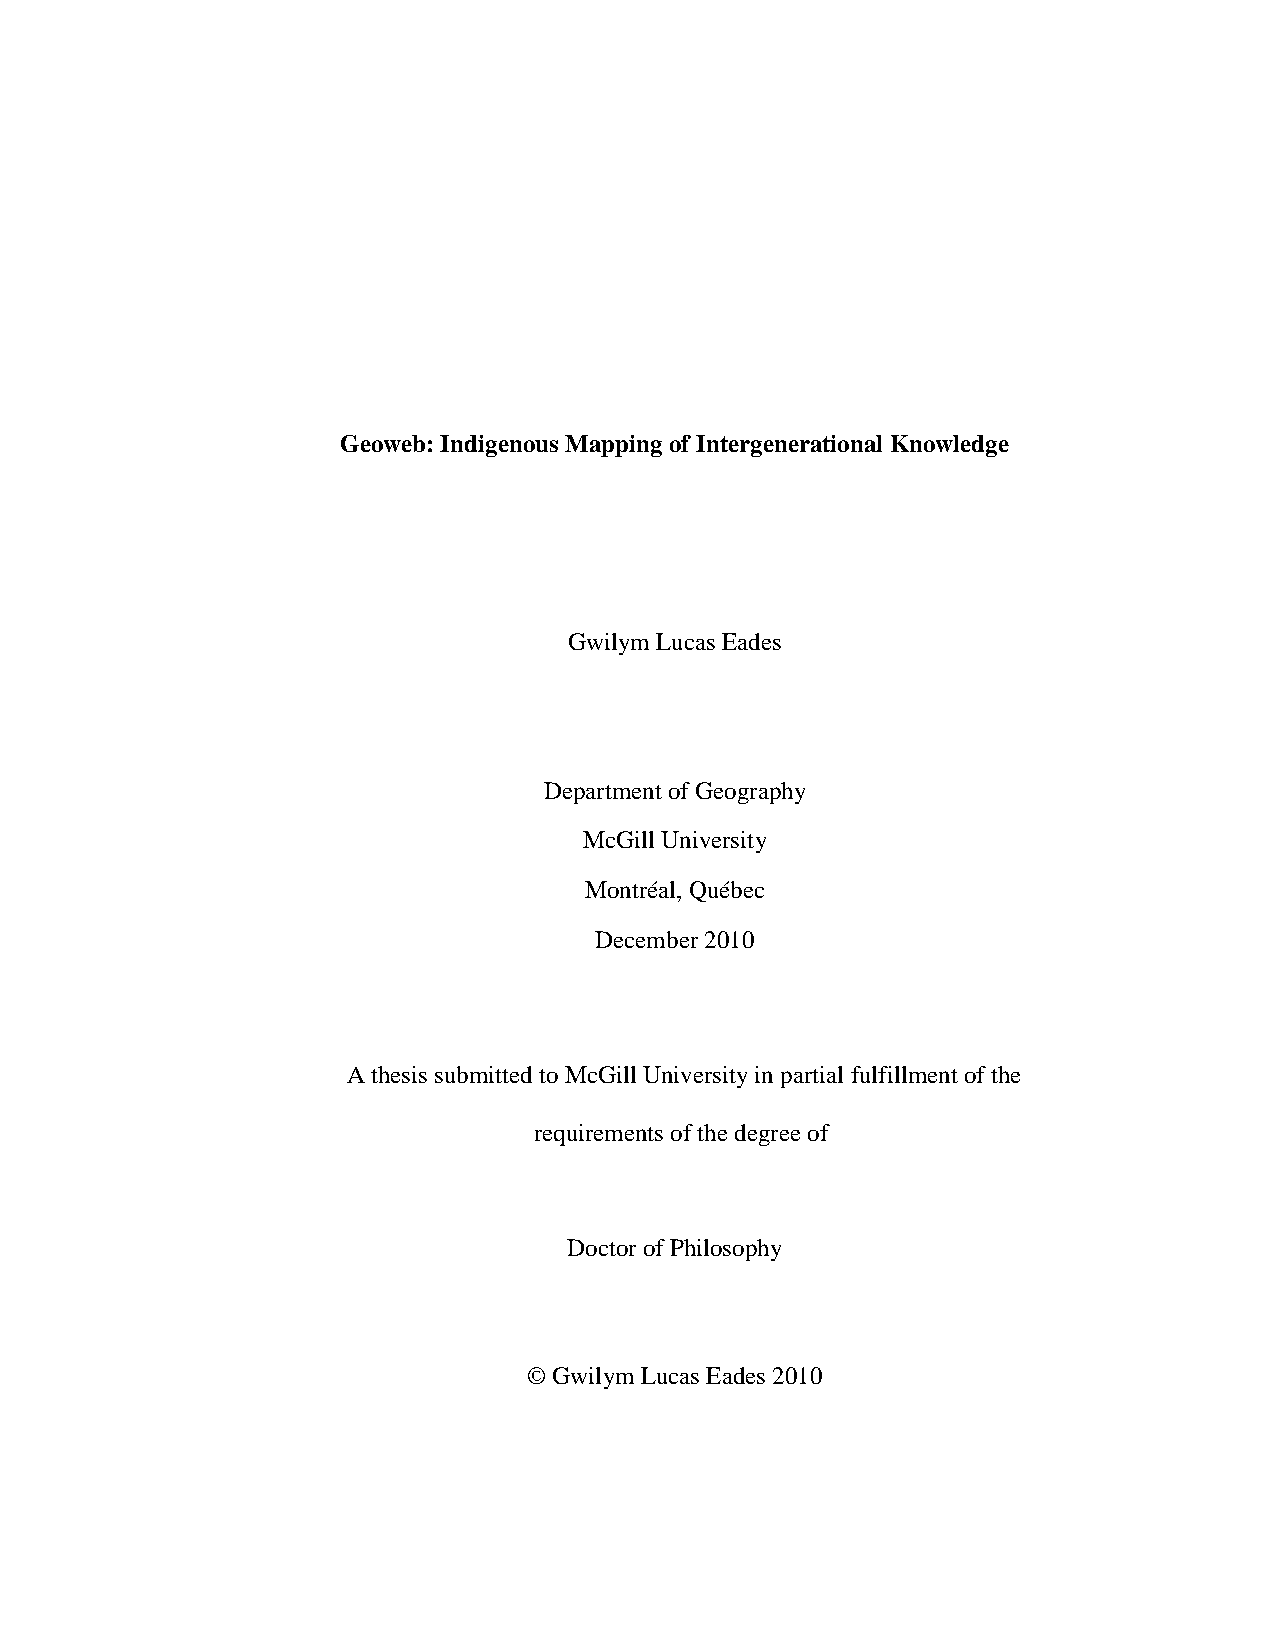
Geoweb: Indigenous Mapping of Intergenerational Knowledge
 Gwilym Lucas Eades
 Department of Geography
 McGill University
 Montréal, Québec
 December 2010
 A thesis submitted to McGill University in partial fulfillment of the
 requirements of the degree of
 Doctor of Philosophy
 © Gwilym Lucas Eades 2010